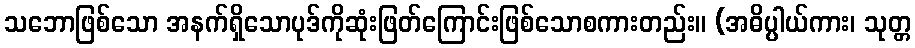
သဘောဖြစ်သော အနက်ရှိသောပုဒ်ကိုဆုံးဖြတ်ကြောင်းဖြစ်သောစကားတည်း။ (အဓိပ္ပါယ်ကား၊ သုတ္တ